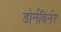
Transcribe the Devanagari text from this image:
डोर्नबिर्नर